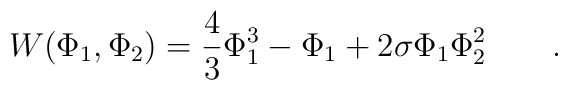
W(\Phi_1 , \Phi_2)=\frac{4}{3}\Phi_1^3-\Phi_1+2\sigma\Phi_1\Phi_2^2 \qquad.